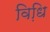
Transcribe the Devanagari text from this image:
विधि़